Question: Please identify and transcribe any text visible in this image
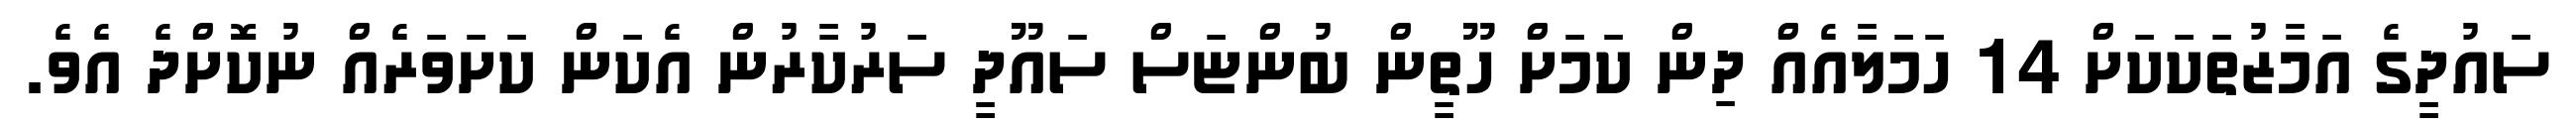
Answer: ސައުދީގެ އަމާޒުތަކަކަށް 14 ހަމަލާއެއް ދިން ކަމަށް ހޫތީން ބުންޏަސް ސައޫދީ ސަރުކާރުން އެކަން ކަށަވަރެއް ނުކޮށްދެ އެވެ.